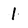
Character: 1